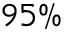
9 5 \%